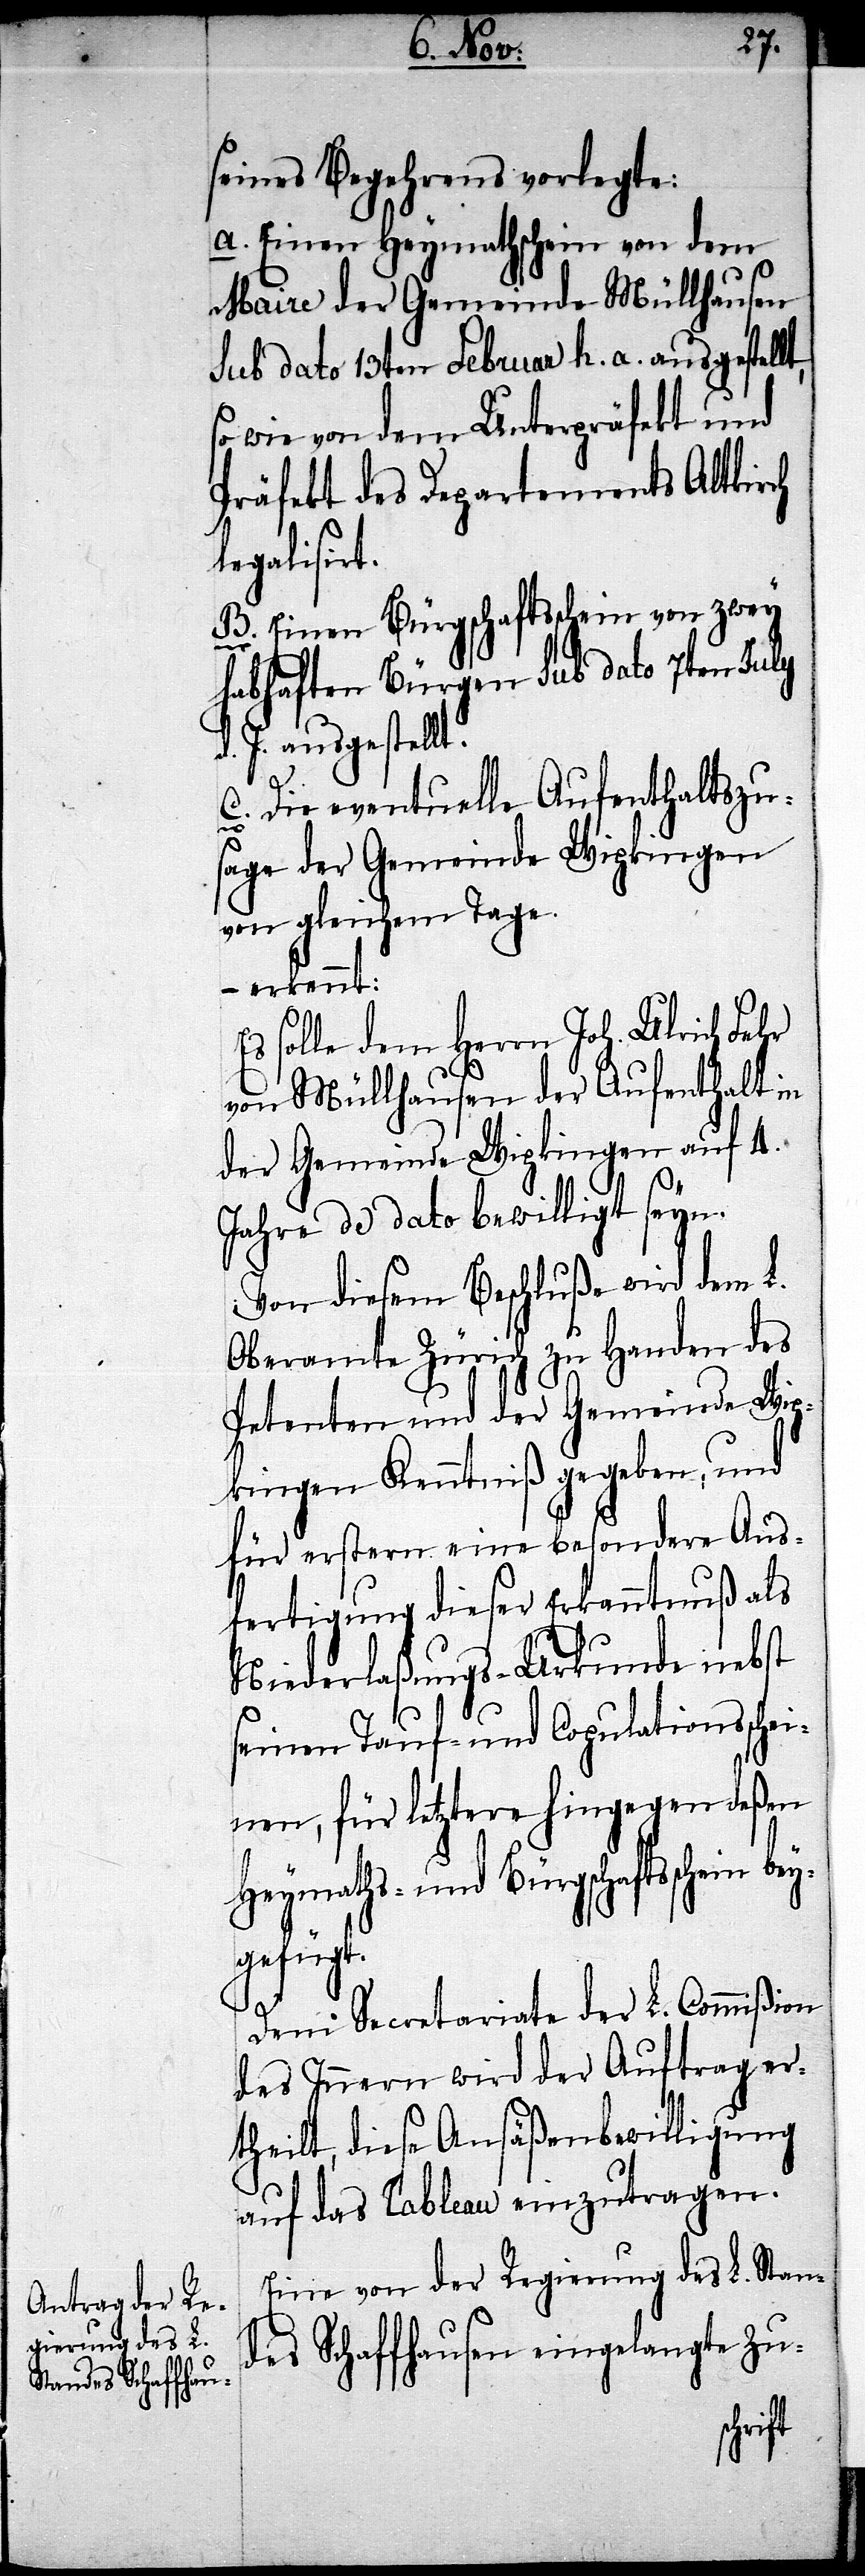
seines Begehrens vorlegte:
a. Einen Heymathschein von dem
Maire der Gemeinde Müllhausen
sub dato 13ten Februar h. a. ausgestellt,
so wie von dem Unterpräfekt und
Präfekt des Departements Altkirch
legalisirt.
B. Einen Bürgschaftsschein von zwey
habhaften Bürgen sub dato 7ten July
d. J. ausgestellt.
C. Die eventuelle Aufenthaltszu¬
sage der Gemeinde Wipkingen
von gleichem Tage.
– erkennt:
Es solle dem Herrn Joh. Ulrich Fehr
von Müllhausen der Aufenthalt in
der Gemeinde Wipkingen auf 4.
Jahre de dato bewilligt seyn.
Von diesem Beschluß wird dem L.
Oberamte Zürich zu Handen des
Petenten und der Gemeinde Wip¬
kingen Kenntniß gegeben, und
für erstern eine besondere Aus¬
fertigung dieser Erkanntnuß als
Niederlaßungs-Urkunde nebst
seinen Tauf- und Copulationssche¬
inen, für letztere hingegen deßen
Heymaths- und Bürgschaftsschein
Dem Secretariate der L. Commißion
des Innern wird der Auftrag er¬
theilt, diese Ansäßenbewilligung
auf das Tableau einzutragen.
Eine von der Regierung des L. Stan¬
des Schaffhausen eingelangte Zu-
chen,